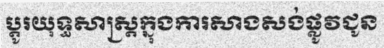
ប្តូរយុទ្ធសាស្ត្រក្នុងការសាងសង់ផ្លូវជូន